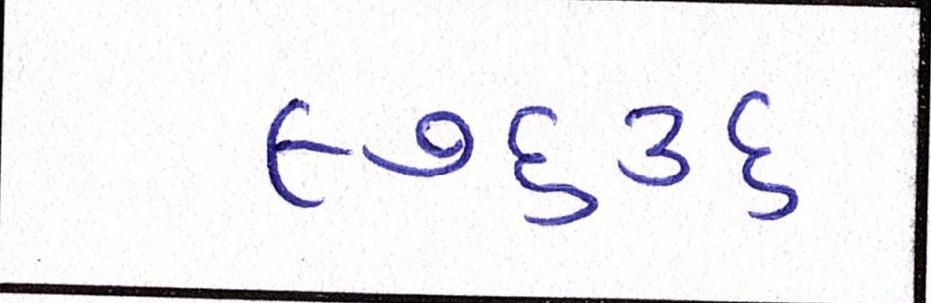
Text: ૯૭૬૩૬